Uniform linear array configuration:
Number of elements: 24
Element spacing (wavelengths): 0.75
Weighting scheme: hamming
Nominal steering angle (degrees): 45
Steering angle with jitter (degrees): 43.714
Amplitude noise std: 0.05
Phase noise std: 0.05

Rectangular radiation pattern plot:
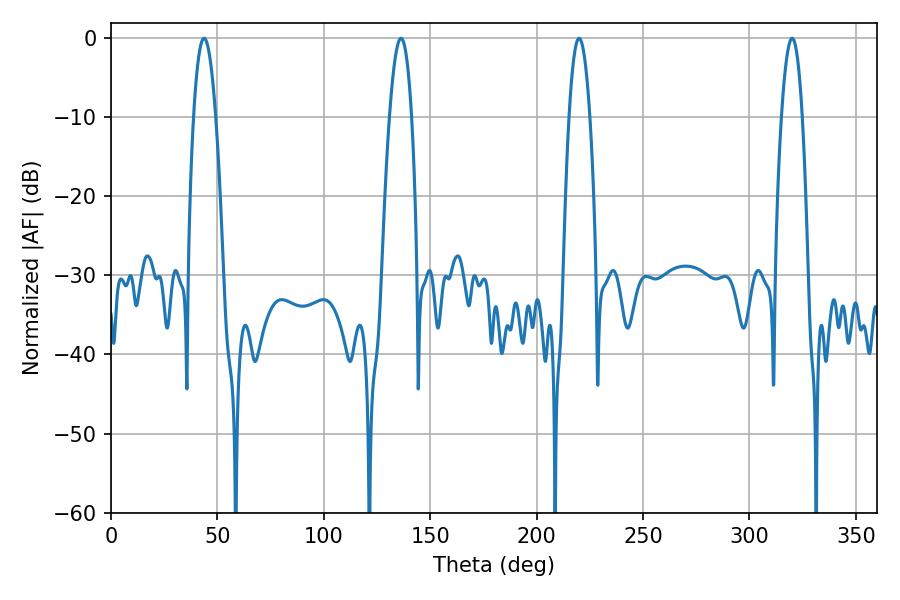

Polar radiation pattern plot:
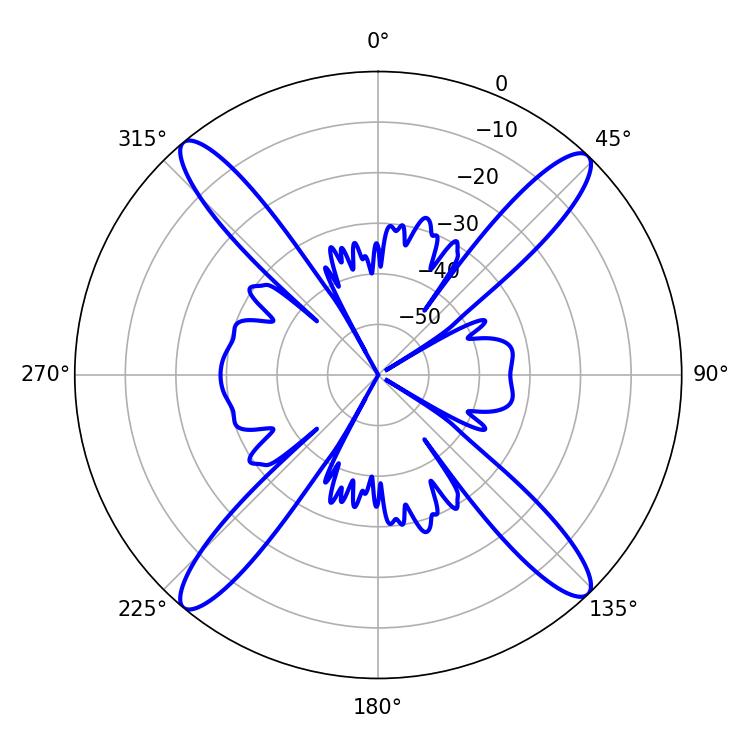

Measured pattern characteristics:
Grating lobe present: TRUE
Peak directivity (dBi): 20.372
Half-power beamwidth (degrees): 5.58
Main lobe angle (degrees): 43.74